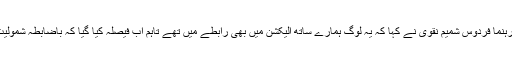
تحریک انصاف کے رہنما فردوس شمیم نقوی نے کہا کہ یہ لوگ ہمارے ساتھ الیکشن میں بھی رابطے میں تھے تاہم اب فیصلہ کیا گیا کہ باضابطہ شمولیت کا اعلان کیا جائے۔